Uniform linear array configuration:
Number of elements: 4
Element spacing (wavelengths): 0.25
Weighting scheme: binomial
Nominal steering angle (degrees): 30
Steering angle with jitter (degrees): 31.965
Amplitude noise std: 0.05
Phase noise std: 0.05

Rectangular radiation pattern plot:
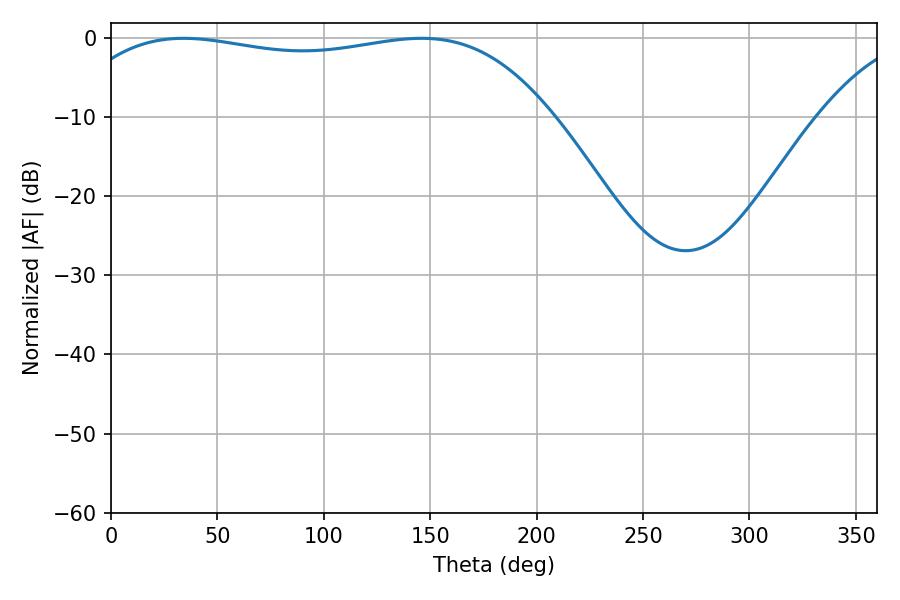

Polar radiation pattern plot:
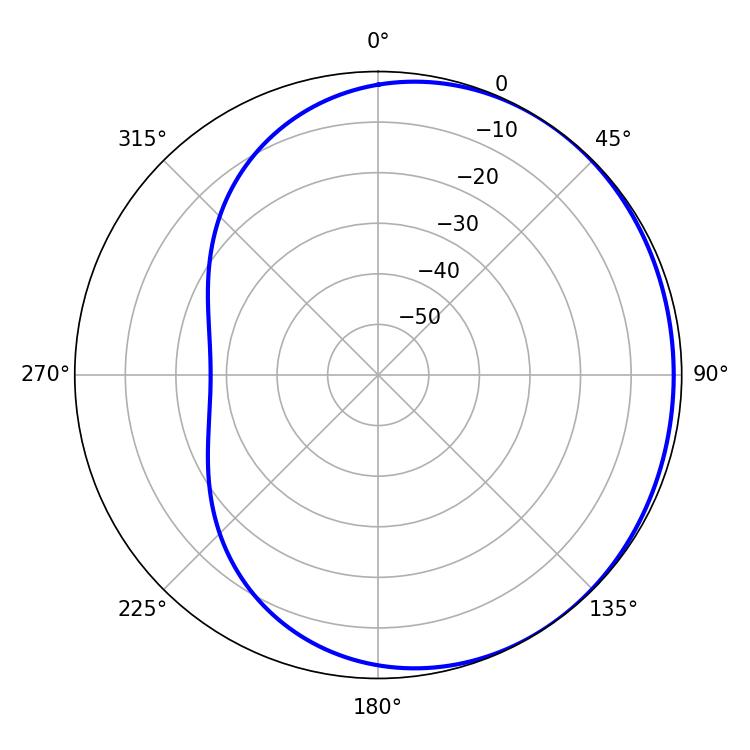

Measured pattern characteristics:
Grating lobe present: FALSE
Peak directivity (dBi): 1.002
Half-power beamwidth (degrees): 182.16
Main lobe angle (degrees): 34.02